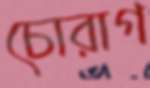
চোরাগ